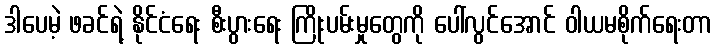
ဒါပေမဲ့ ဖခင်ရဲ့ နိုင်ငံရေး စီးပွားရေး ကြိုးပမ်းမှုတွေကို ပေါ်လွင်အောင် ဝါယမစိုက်ရေးတာ